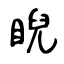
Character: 睨